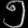
Digit: ၅